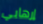
إرهابي